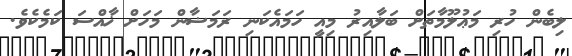
ލިބެން ހުރި މަޢުލޫމާތަށް ބަލާއިރު މިއީ ހަމައެކަނި ރަމަޟާން މަހަށް ޚާއްސަ ކަމެކެވެ.